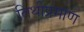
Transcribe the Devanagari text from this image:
तिथीप्रमाण